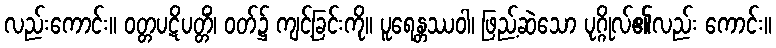
လည်းကောင်း။ ဝတ္တပဋိပတ္တိံ၊ ဝတ်၌ ကျင့်ခြင်းကို။ ပူရေန္တဿဝါ၊ ဖြည့်ဆဲသော ပုဂ္ဂိုလ်၏လည်း ကောင်း။